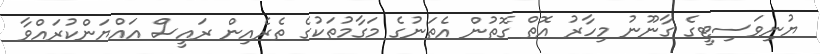
ޔުނިވަސިޓީގެ ގާނޫނު މިހާރު އޮތް ގޮތުން އެތަނުގެ މަގާމުތަކުގެ ތެރެއިން ރައީސް އައްޔަންކުރައްވާ